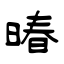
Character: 暙